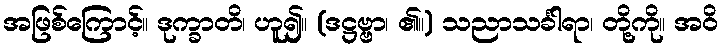
အဖြစ်ကြောင့်။ ဒုက္ခာတိ၊ ဟူ၍။ (ဒဋ္ဌဗ္ဗာ၊ ၏။) သညာသင်္ခါရာ၊ တို့ကို။ အဝိ